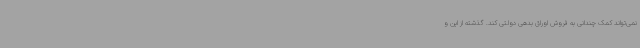
نمی‌تواند کمک چندانی به فروش اوراق بدهی دولتی کند. گذشته از این و